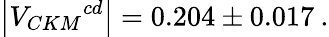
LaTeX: \left|{V_{CKM}}^{cd}\right|=0.204\pm 0.017\: .